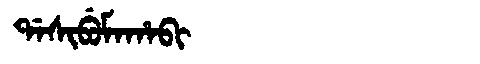
Manchu: ᡩᠠᠰᡳᠪᡠᠮᠠᡥᠠᠪᡳ
Romanization: DASIBUMAHABI